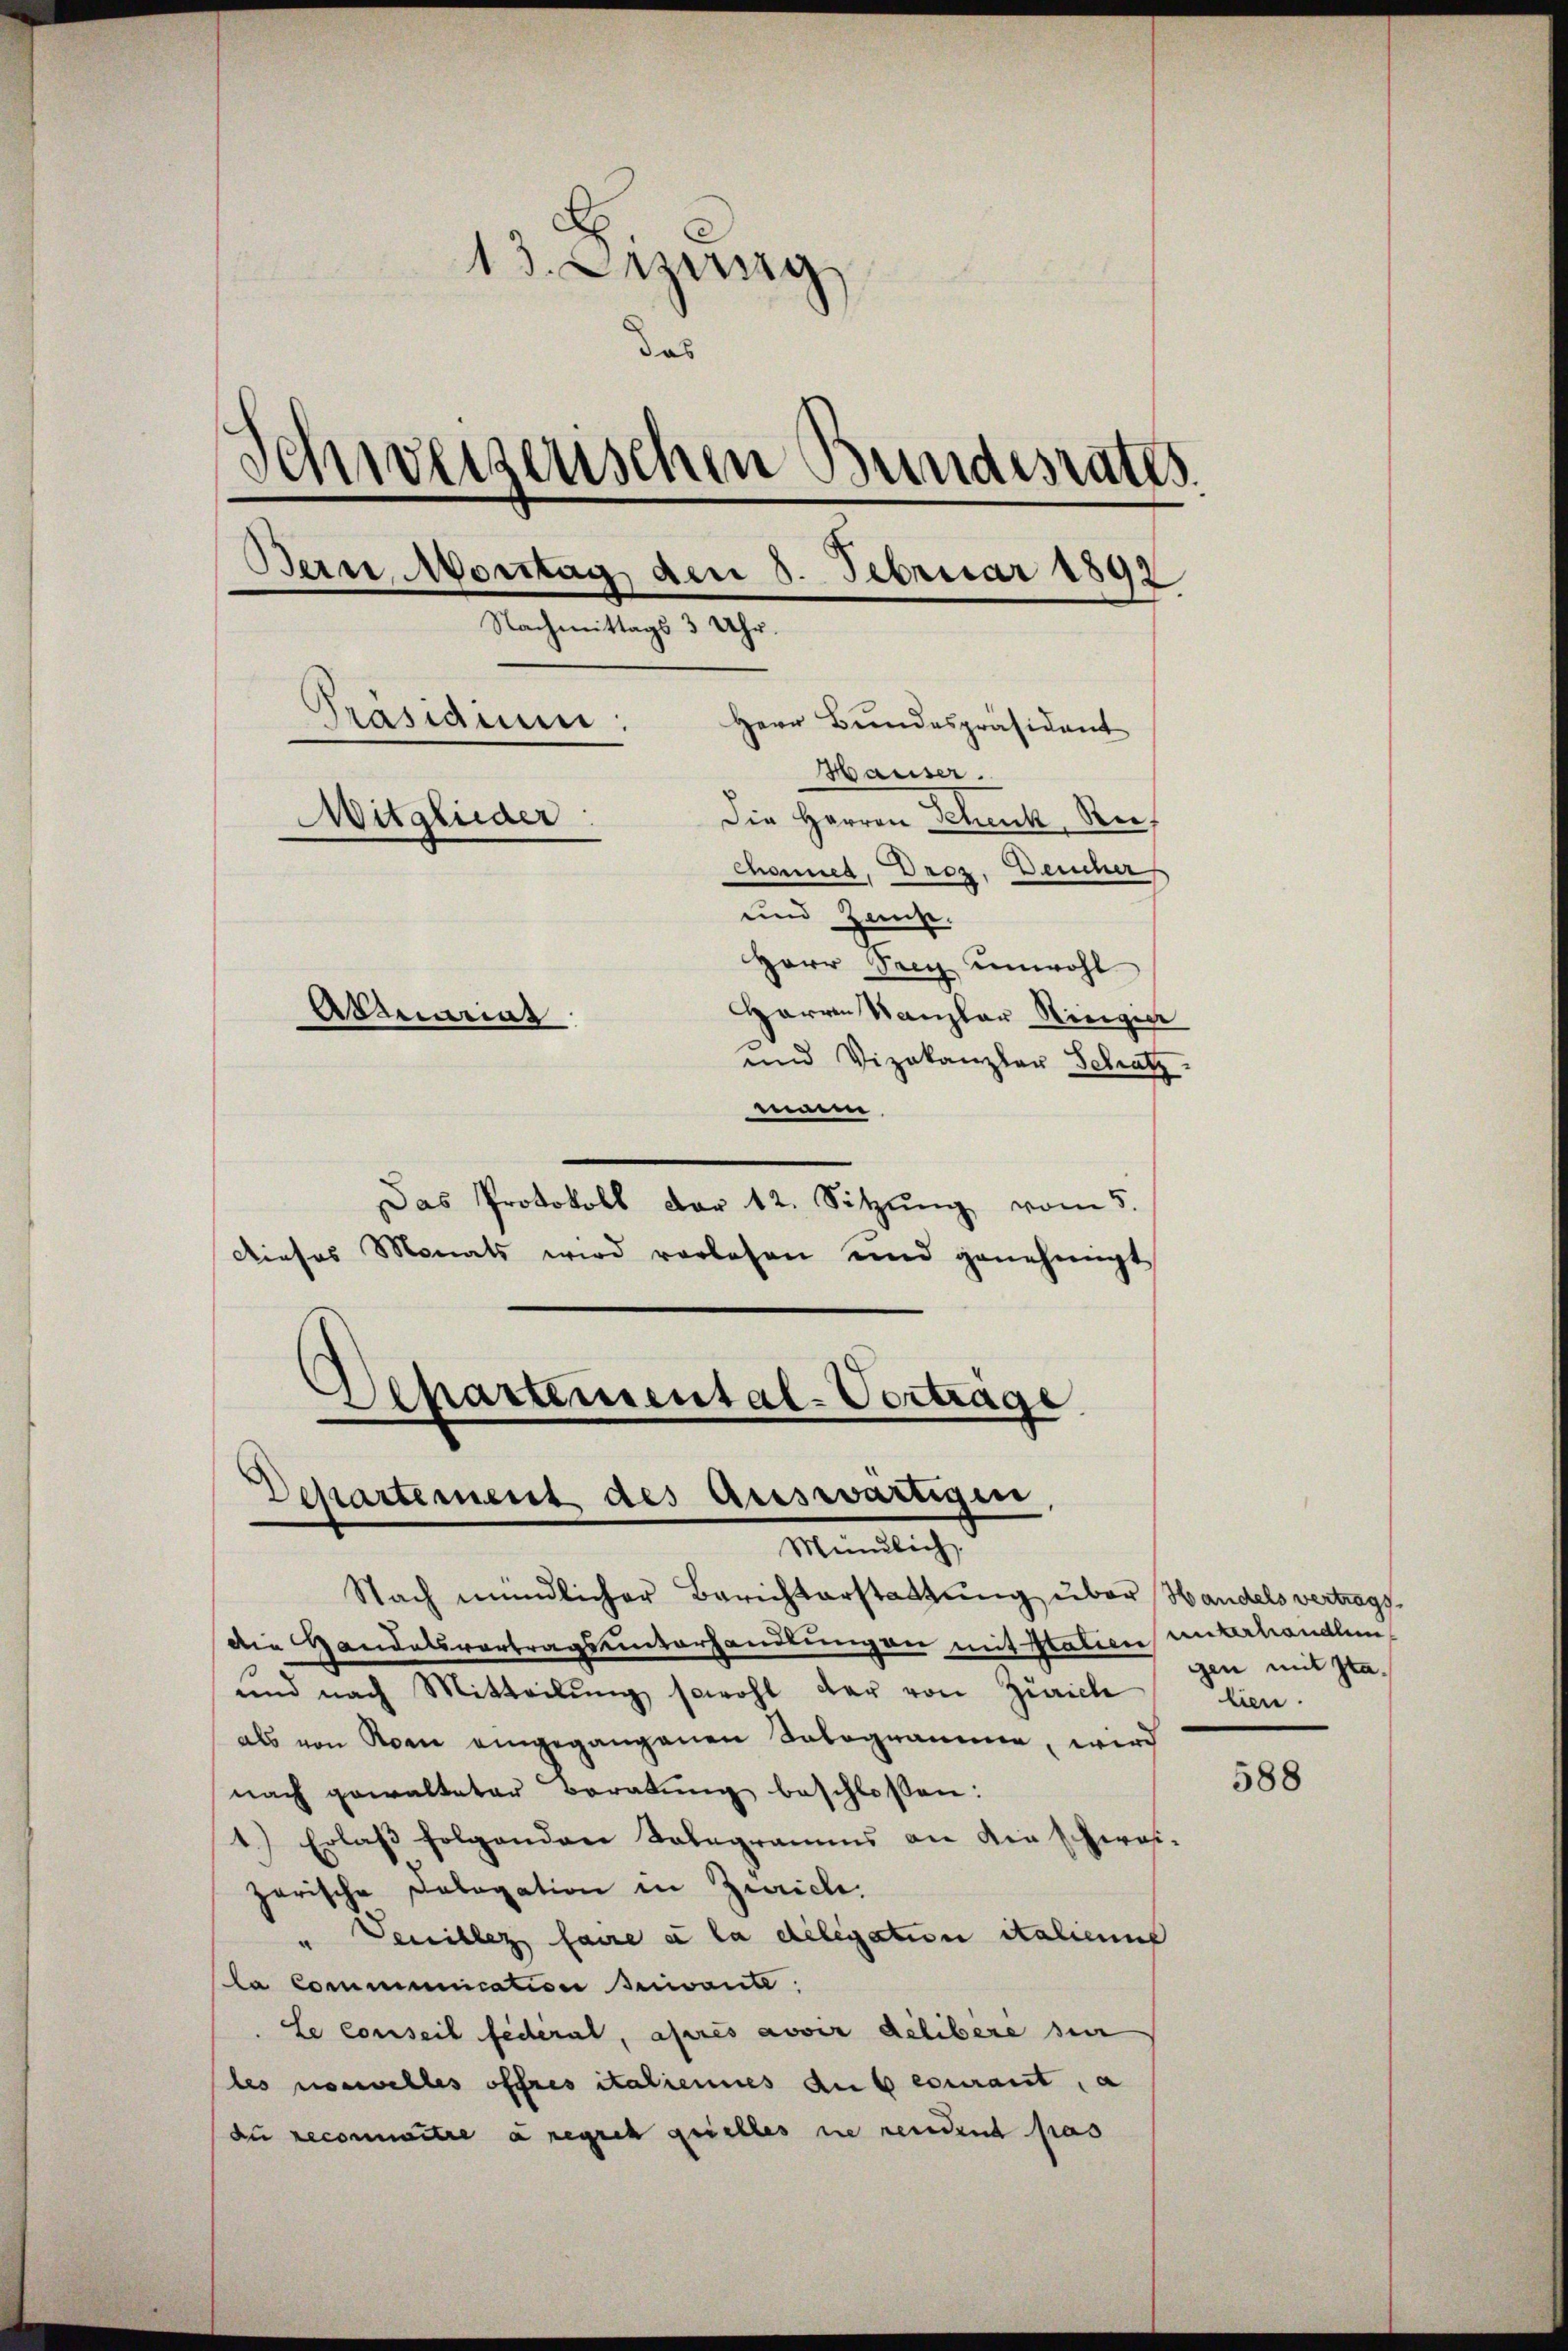
13. Dezeig
das
Schweizerischen Bundesrates
Bein Montag den 8. Februar 1892
Nachmittags 3 Uhr.
d
Präsidiu:
Herr Bundespräsident
Hauser.
Die Herren Schenk, Re¬
Mitglieder:
Chonnes, Droz. Deucher
und Hause.
Herr Seeg unwohl
Harren Kanzler Ringier
Aktuarias
und Vizekanzlau Schatz

die Handelsvortragsunterhandlungen mit Italien unterhandlen,
und nach Mitteilŭng sowohl der von Zürich
als von Kan eingegangenen Sologramme, wird
nach gewalteter Beratung beschlossen:
1.) Erlaβ folgenden Talegramms an die schwei-
zarische Cologation in Zürich.
Venibles faire e la delegation italienis
la Communication beiworte.
le conseil fédéral, après avoir delibere sin
les überwelles offres italiennes aus courant, a
du reconnaitre a repres quelles nie rendent pas

Departement des Auswärtigen
Meinlich.

mann
Das Protokoll der 12. Sitzŭng vom 5.
Dieses Monats wird vorlesen und genehmigt
¬
Unartemental-Vertrage

Nach mündlicher Berichterstattung über Handels vertrags¬

gen mit sta
lien.

588